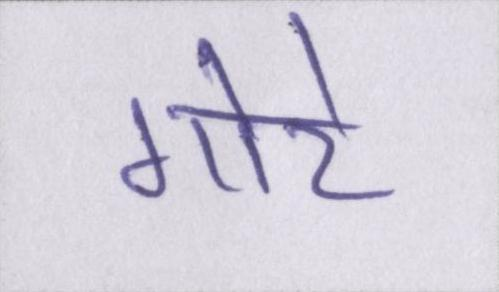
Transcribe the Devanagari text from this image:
गोरे